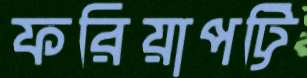
ফরিয়াপট্টি